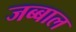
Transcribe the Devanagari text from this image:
जब्बाल